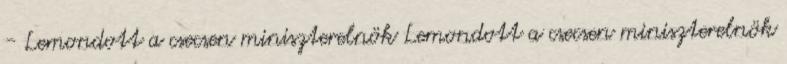
- Lemondott a csecsen miniszterelnök Lemondott a csecsen miniszterelnök